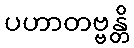
ပဟာတဗ္ဗန္တိ